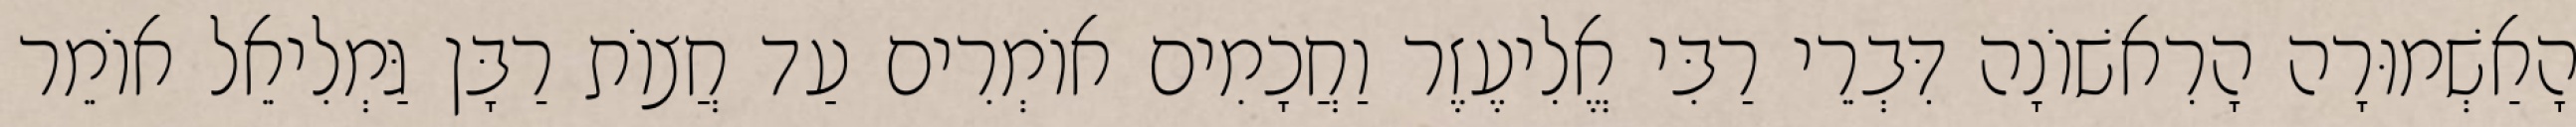
הָאַשְׁמוּרָה הָרִאשׁוֹנָה דִּבְרֵי רַבִּי אֱלִיעֶזֶר וַחֲכָמִים אוֹמְרִים עַד חֲצוֹת רַבָּן גַּמְלִיאֵל אוֹמֵר